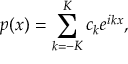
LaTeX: p ( x ) = \sum _ { k = - K } ^ { K } c _ { k } e ^ { i k x } ,